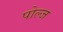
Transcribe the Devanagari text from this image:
पोल्ज